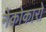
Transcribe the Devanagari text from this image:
नेकोकारो